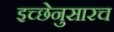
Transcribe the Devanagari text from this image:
इच्छेनुसारच